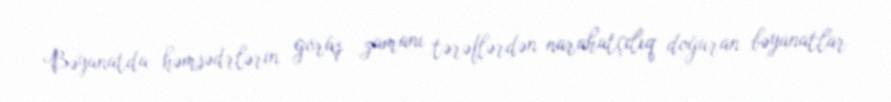
Bəyanatda həmsədrlərin görüş zamanı tərəflərdən narahatçılıq doğuran bəyanatlar